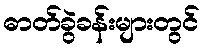
ဓာတ်ခွဲခန်းများတွင်